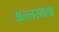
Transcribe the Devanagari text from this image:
अन्नसाठा